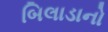
બિલાડાનો